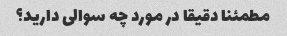
مطمئنا دقیقا در مورد چه سوالی دارید؟